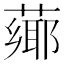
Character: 𦼅